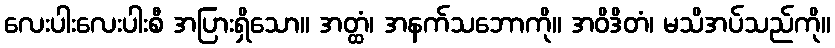
လေးပါးလေးပါးစီ အပြားရှိသော။ အတ္ထံ၊ အနက်သဘောကို။ အဝိဒိတံ၊ မသိအပ်သည်ကို။